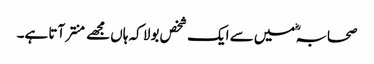
صحابہؓ میں سے ایک شخص بولا کہ ہاں مجھے منتر آتا ہے۔